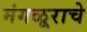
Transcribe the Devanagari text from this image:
मंगळूराचे